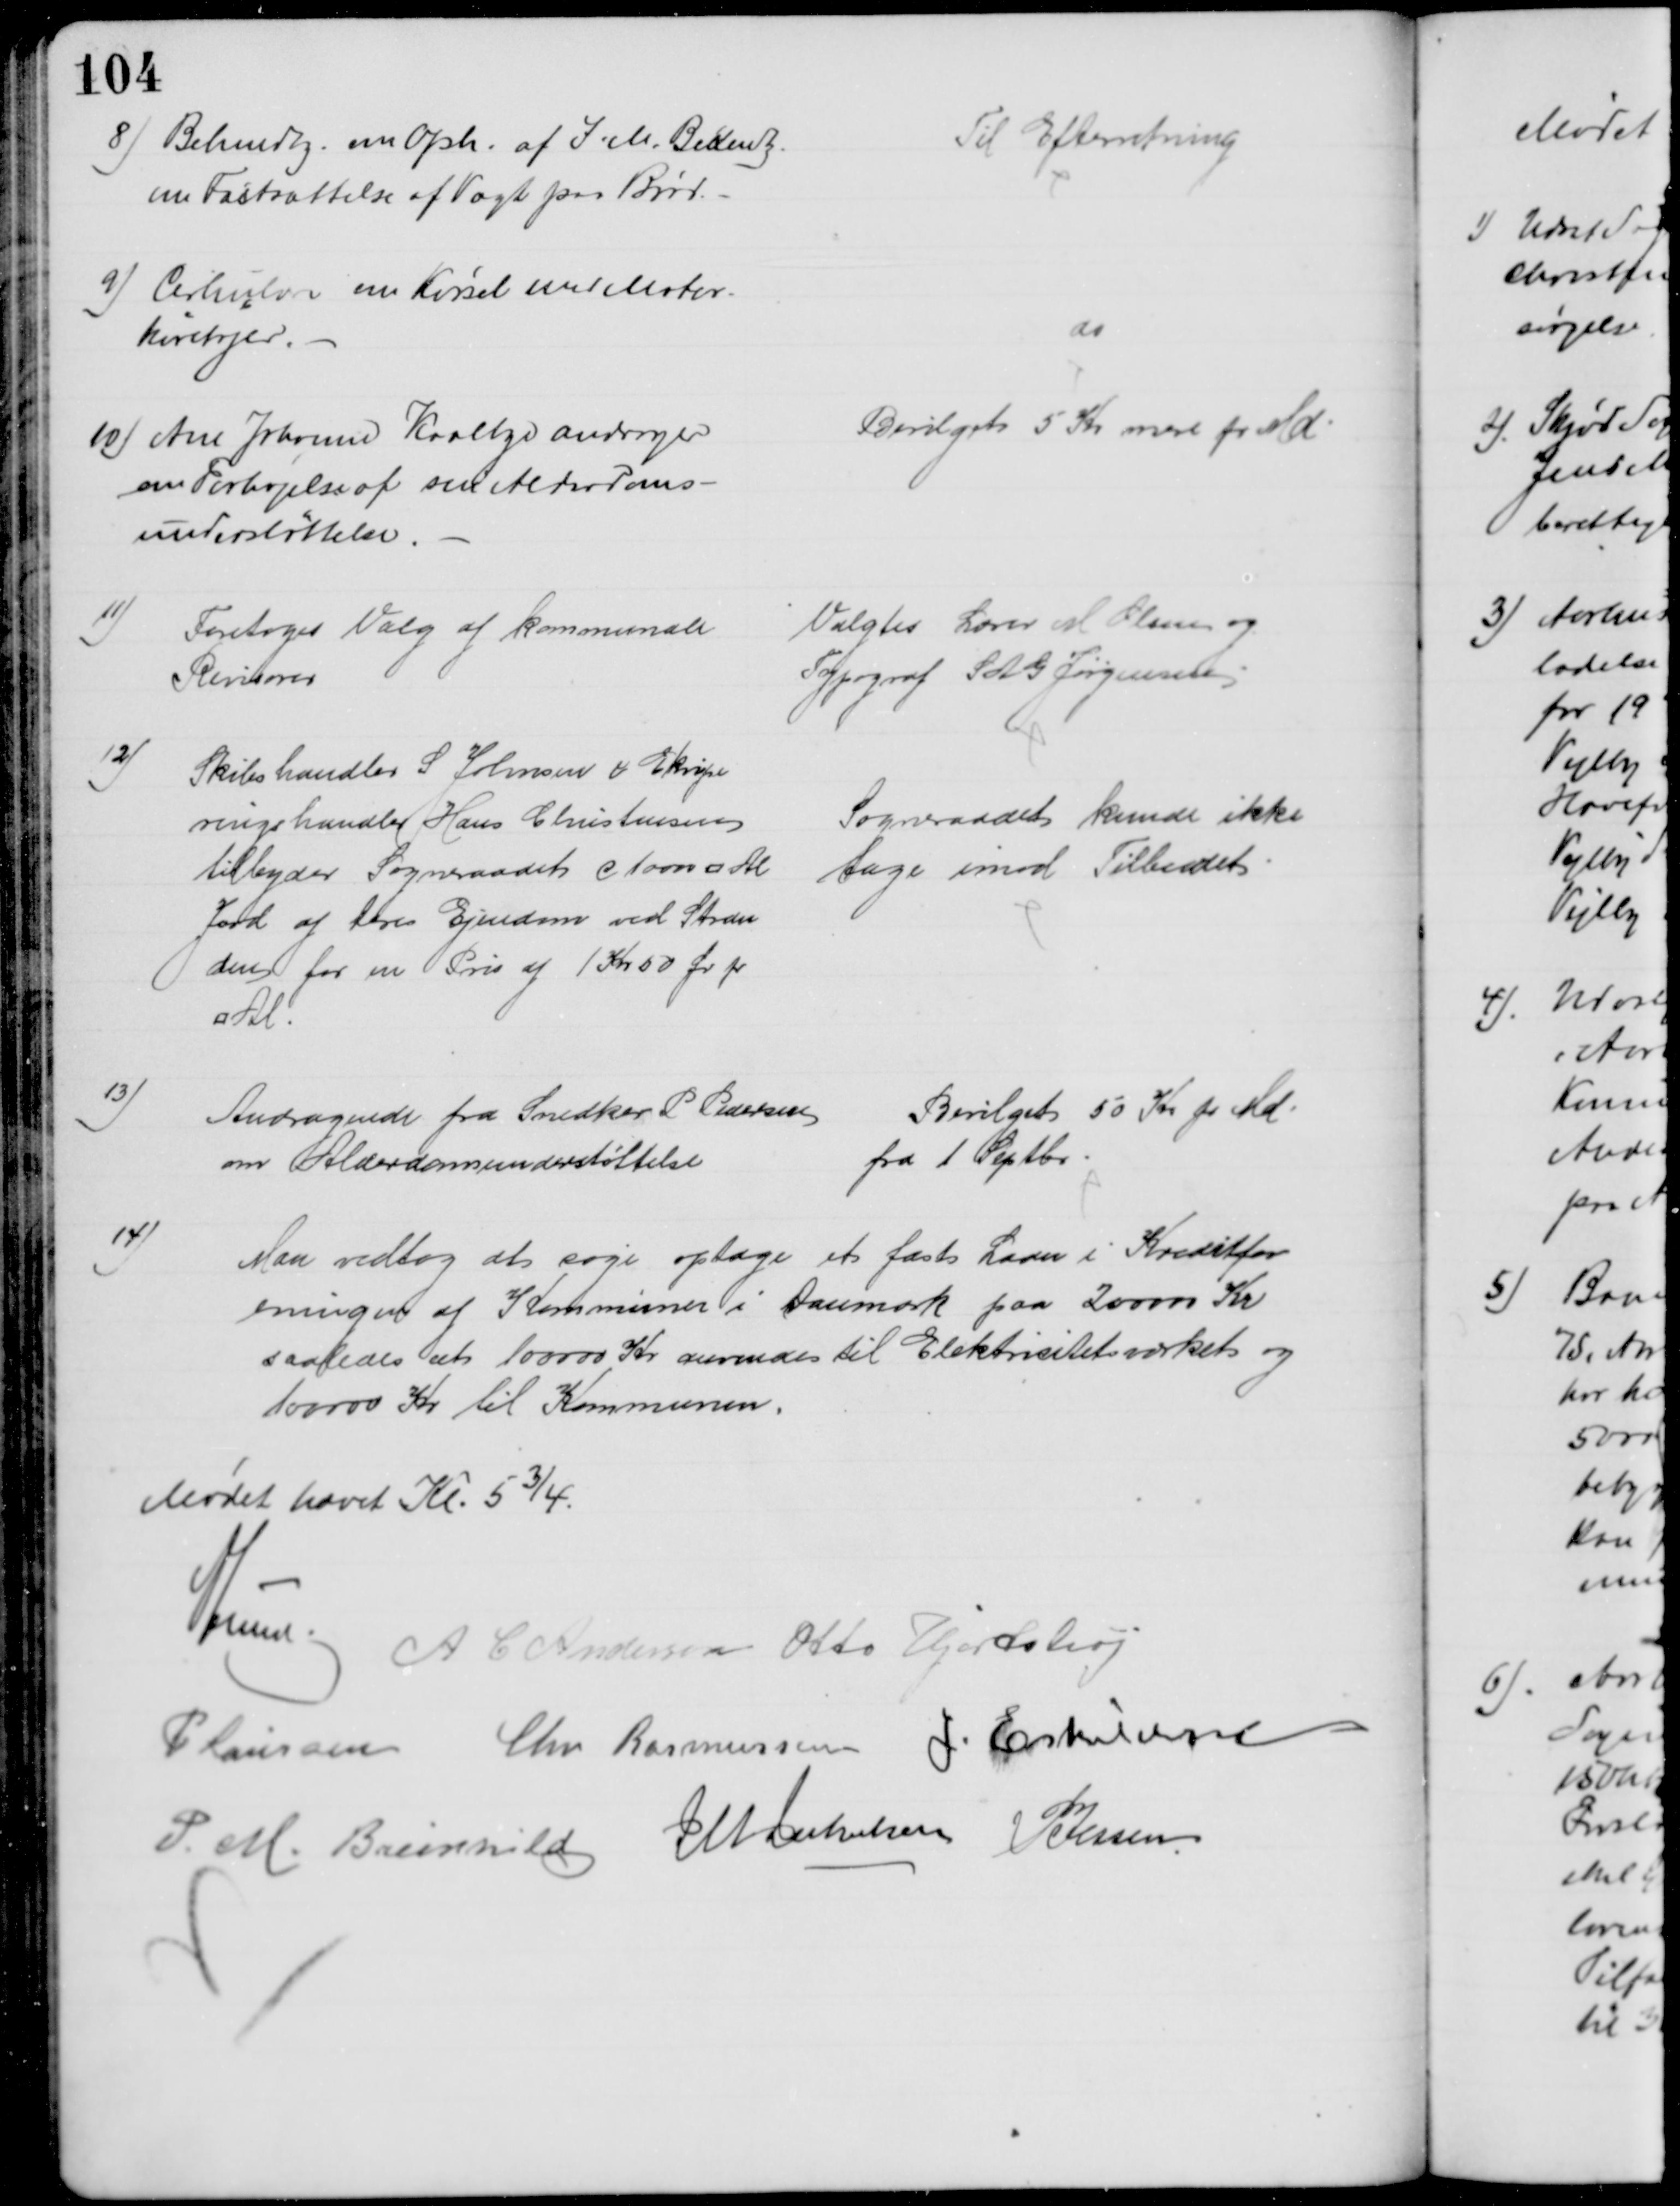
Transskription:
8) Bekendtg. om Oph. af I. M. Bekendtg.
om Fastsættelse af Vægt paa Brød.
Til Efterretning
9) Cirkulære om Kørsel med Motor-
køretøjer.
do
10) Ane Johanne Kaalbye andrager
om Forhøjelse af sin Alderdoms-
understøttelse.
Bevilget 5 Kr mere pr Md.
11)
Foretoges Valg af kommunale
Revisorer
Valgtes Lærer M Olsen og
Typograf S A G Jørgensen
12)
Skibshandler S Johnsen & Ekvipe
ringshandler Hans Christensen
tilbyder Sogneraadet c 1000 □ Al
Jord af deres Ejendom ved Stran
den for en Pris af 1 Kr 50 Ør pr
□ Al.
Sogneraadet kunde ikke
tage imod Tilbudet
13)
Andragende fra Snedker P Pedersen
om Alderdomsunderstøttelse
Bevilget 50 Kr pr Md.
fra 1 Septbr
14)
Man vedtog at søge optage et fast Laan i Kreditfor
eningen af Kommuner i Danmark paa 200000 Kr
saaledes at 100000 Kr anvendes til Elektricitetsværket og 
100000 Kr til Kommunen.
Mødet hævet Kl. 5¾.
A Lund
A C Andersen Otto Hjortshøj
P Laursen Chr Rasmussen J. Eskildsen
P. M. Breinhild J M Jakobsen P Jessen